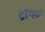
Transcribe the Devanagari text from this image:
ट्रॉफ्या